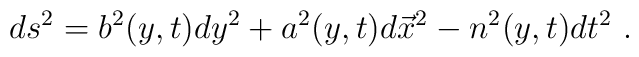
ds^2= b^2 (y,t) dy^2+a^2 (y,t) d\vec{x}^2-n^2 (y,t) dt^2\ .